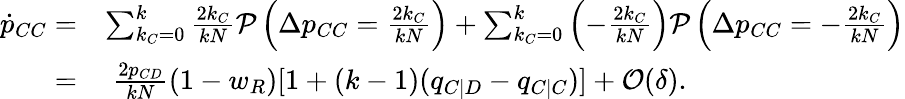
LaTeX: \begin{array}{rl}{\dot{p}_{CC}=}&{\sum_{k_{C}=0}^{k}{\frac{2k_{C}}{kN}\mathcal{P}\left(\Delta p_{CC}=\frac{2k_{C}}{kN}\right)}+\sum_{k_{C}=0}^{k}{\left(-\frac{2k_{C}}{kN}\right)\mathcal{P}\left(\Delta p_{CC}=-\frac{2k_{C}}{kN}\right)}}\\ {=}&{~\frac{2p_{CD}}{kN}(1-w_{R})[1+(k-1)(q_{C|D}-q_{C|C})]+\mathcal{O}(\delta).}\end{array}